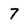
Character: 7